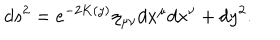
d s ^ { 2 } = e ^ { - 2 K ( y ) } \eta _ { \mu \nu } d x ^ { \mu } d x ^ { \nu } + d y ^ { 2 } .